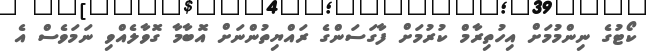
ކޯޓުގެ ނިންމުމަށް އިހުތިރާމް ކުރުމަށް ފާގަސަންގެ ރައްޔިތުންނަށް އޮބާމާ ގޮވާލެއްވި ނަމަވެސް އެ